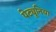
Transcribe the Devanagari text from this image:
पेट्यूनिया